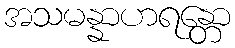
အသမန္နာဟရန္တော